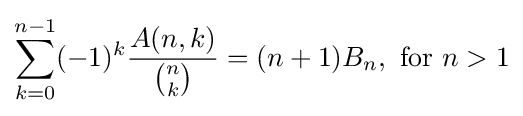
\sum _{k=0}^{n-1}(-1)^{k}{\frac {A(n,k)}{\binom {n}{k}}}=(n+1)B_{n},{\text{  for  }}n>1